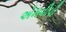
એમવીપી